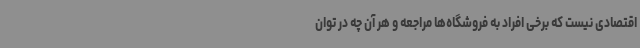
اقتصادی نیست که برخی افراد به فروشگاه‌ها مراجعه و هر آن چه در توان